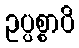
ဥပ္ပစ္စာပိ